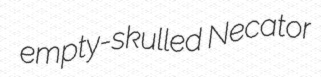
empty-skulled Necator